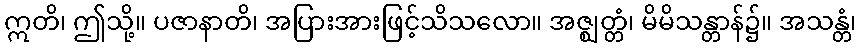
ဣတိ၊ ဤသို့။ ပဇာနာတိ၊ အပြားအားဖြင့်သိသလော။ အဇ္ဈတ္တံ၊ မိမိသန္တာန်၌။ အသန္တံ၊